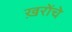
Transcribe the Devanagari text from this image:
ख़रोंचे